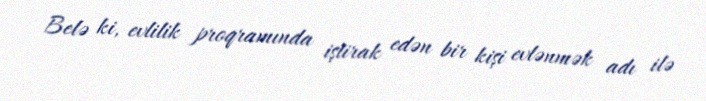
Belə ki, evlilik proqramında iştirak edən bir kişi evlənmək adı ilə